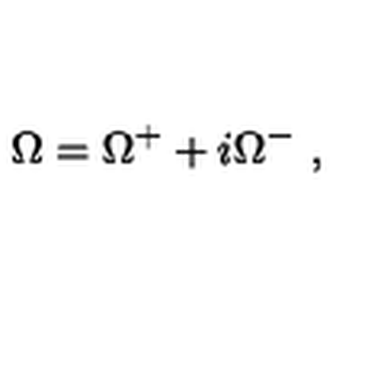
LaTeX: \Omega = \Omega ^ { + } + i \Omega ^ { - } \ ,